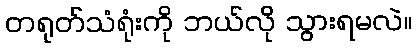
တရုတ်သံရုံးကို ဘယ်လို သွားရမလဲ။